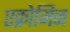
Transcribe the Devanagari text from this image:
एक्रोमिन